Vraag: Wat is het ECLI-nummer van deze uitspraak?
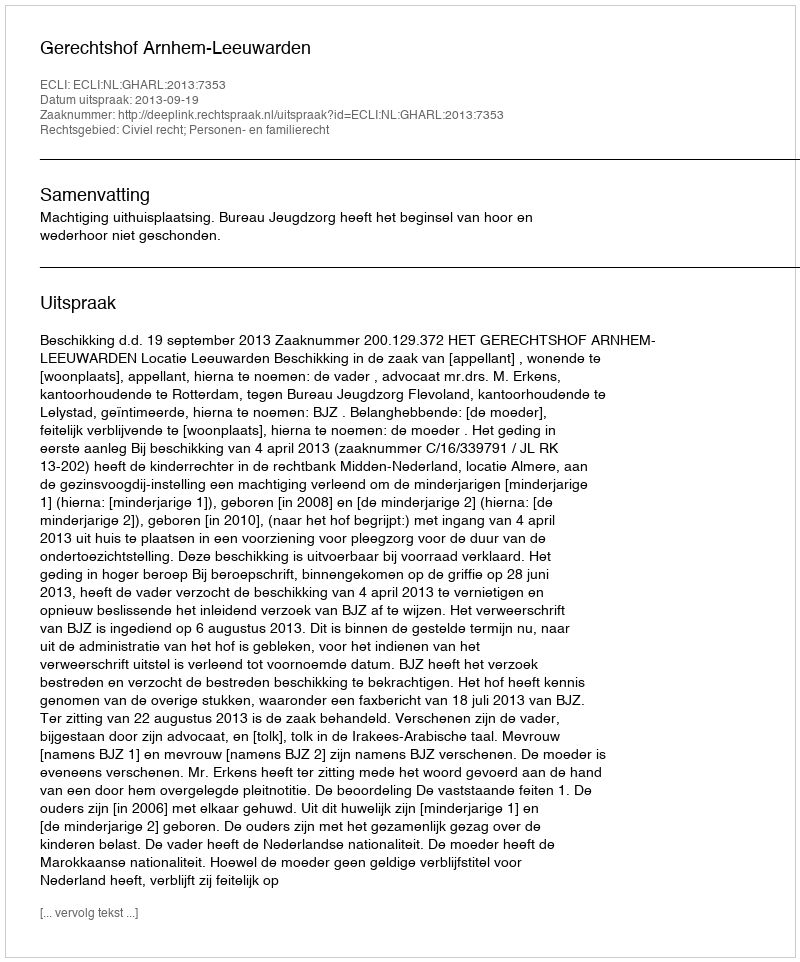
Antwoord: ECLI:NL:GHARL:2013:7353